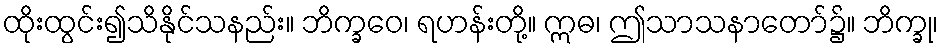
ထိုးထွင်း၍သိနိုင်သနည်း။ ဘိက္ခဝေ၊ ရဟန်းတို့။ ဣဓ၊ ဤသာသနာတော်၌။ ဘိက္ခု၊